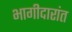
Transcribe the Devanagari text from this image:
भागीदारांत